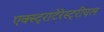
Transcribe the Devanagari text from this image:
एक्स्ट्राटेरेस्ट्रीयल